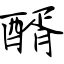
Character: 醑